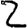
Digit: 2